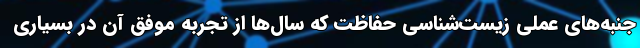
جنبه‌های عملی زیست‌شناسی حفاظت که سال‌ها از تجربه موفق آن در بسیاری